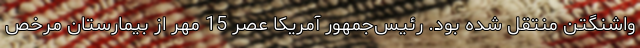
واشنگتن منتقل شده بود. رئیس‌جمهور آمریکا عصر 15 مهر از بیمارستان مرخص